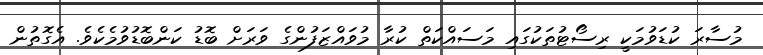
މުސާރަ ކުޑަވުމަކީ ރިސޯޓުތަކުގައި މަސައްކަތް ކުރާ މުވައްޒަފުންގެ ވަރަށް ބޮޑު ކަންބޮޑުވުމެކެވެ. އެގޮތުން